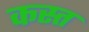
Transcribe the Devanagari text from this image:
कस्त